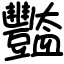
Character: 豓